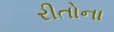
રીતોના